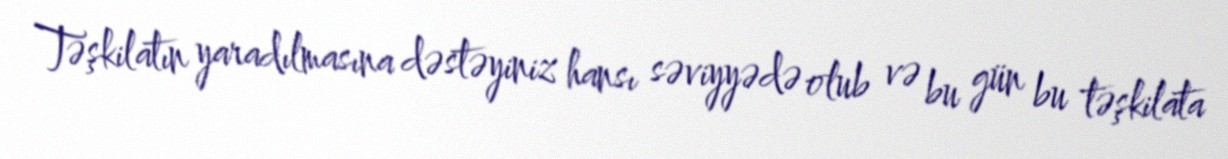
Təşkilatın yaradılmasına dəstəyiniz hansı səviyyədə olub və bu gün bu təşkilata